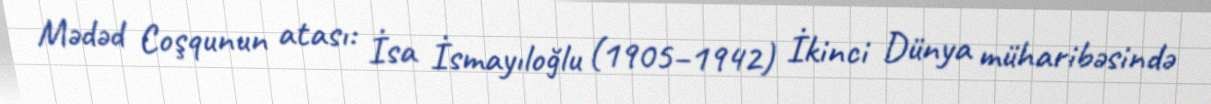
Mədəd Coşqunun atası: İsa İsmayıloğlu (1905–1942) İkinci Dünya müharibəsində